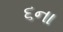
૬ના